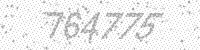
Solution: 764775